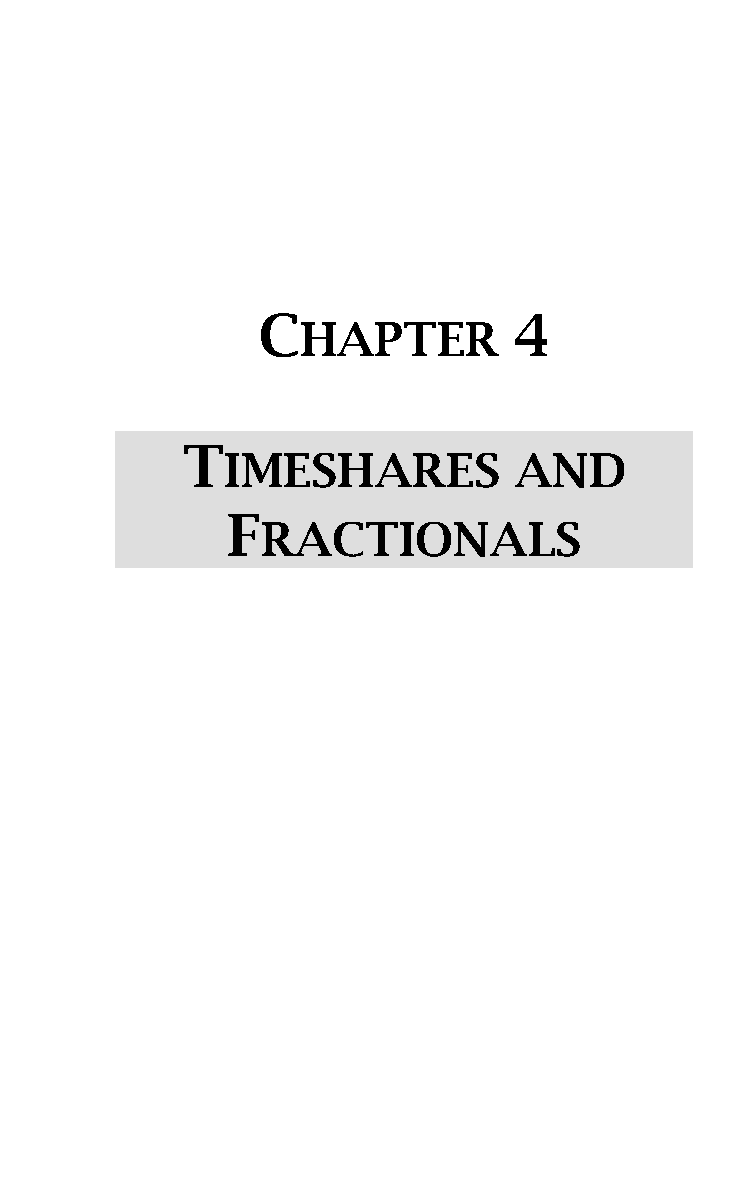
C                4
 HAPTER
 T
 IMESHARES          AND
 F
 RACTIONALS